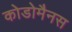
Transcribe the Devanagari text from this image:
कोडोमैनस